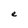
Character: e